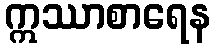
ဣဿာစာရေန